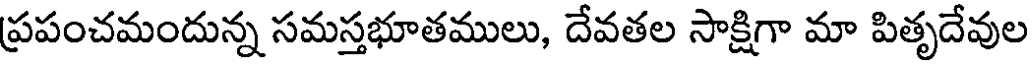
ప్రపంచమందున్న సమస్తభూతములు, దేవతల సాక్షిగా మా పితృదేవుల